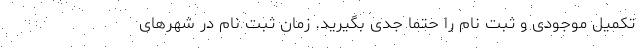
تکمیل موجودی و ثبت نام را حتما جدی بگیرید. زمان ثبت نام در شهرهای